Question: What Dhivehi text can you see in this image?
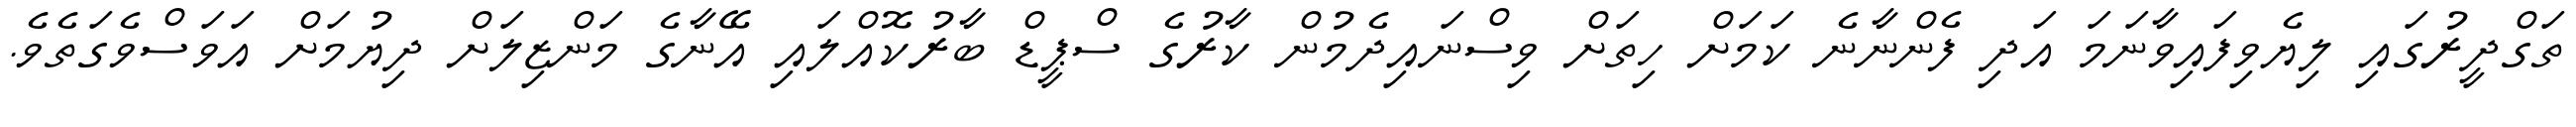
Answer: ތަގްދީރުގައި ލިޔެވިފައިވާނަމަ އަދި ފެންނާނެ ކަމަށް ހިތަށް ވިސްނައިދެމުން ކާރުގެ ސްޕީޑް ބާރުކޮއްލައި އޭނާގެ މަންޒިލަށް ދިޔުމަށް އަވަސްވެގަތެވެ.